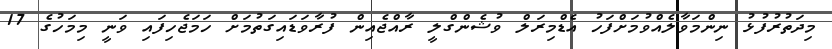
މިދަތުރުފުޅު ނިންމަވާލެއްވުމަށްފަހު އެޑްމިރަލް ވުޝެންގްލީ ރާއްޖެއިން ފުރާވަޑައިގަތުމަށް ހަމަޖެހިފައި ވަނީ މިމަހުގެ 17